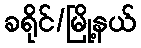
ခရိုင်/မြို့နယ်